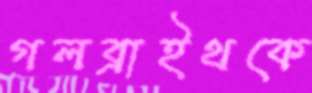
গলব্রাইথকে